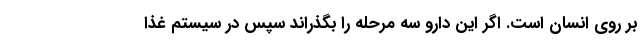
بر روی انسان است. اگر این دارو سه مرحله را بگذراند سپس در سیستم غذا